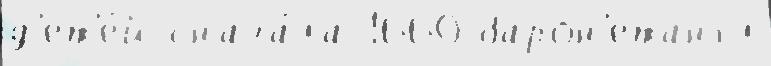
д'ет'е́й снача́ла 1660 барон'етангл